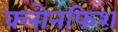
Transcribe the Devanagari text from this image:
क्लोनफिश